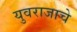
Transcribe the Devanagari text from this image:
युवराजाचे